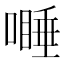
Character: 𱔾